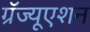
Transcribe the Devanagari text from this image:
ग्रॅज्यूएशन